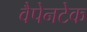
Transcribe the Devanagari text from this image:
वैपेनटेक